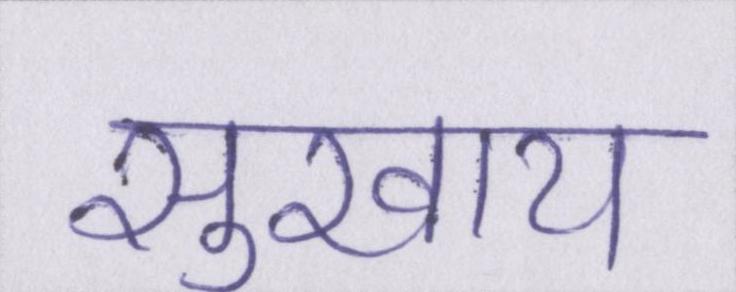
सुखाय